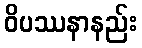
ဝိပဿနာနည်း